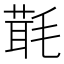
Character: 㲨